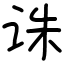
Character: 诛